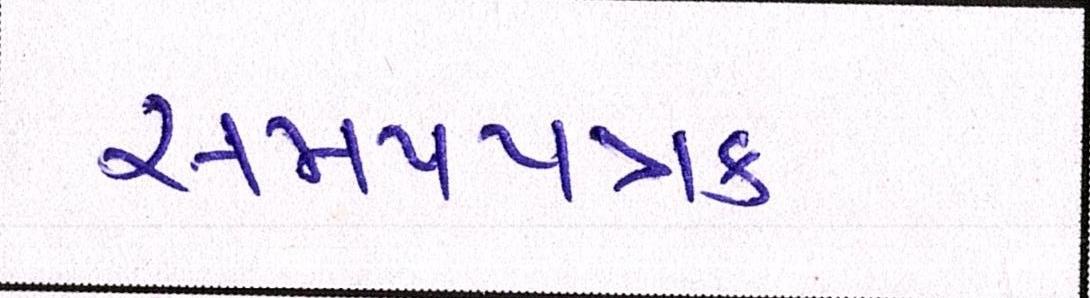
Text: સમયપત્રક